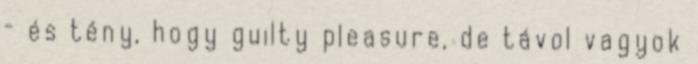
– és tény, hogy guilty pleasure, de távol vagyok